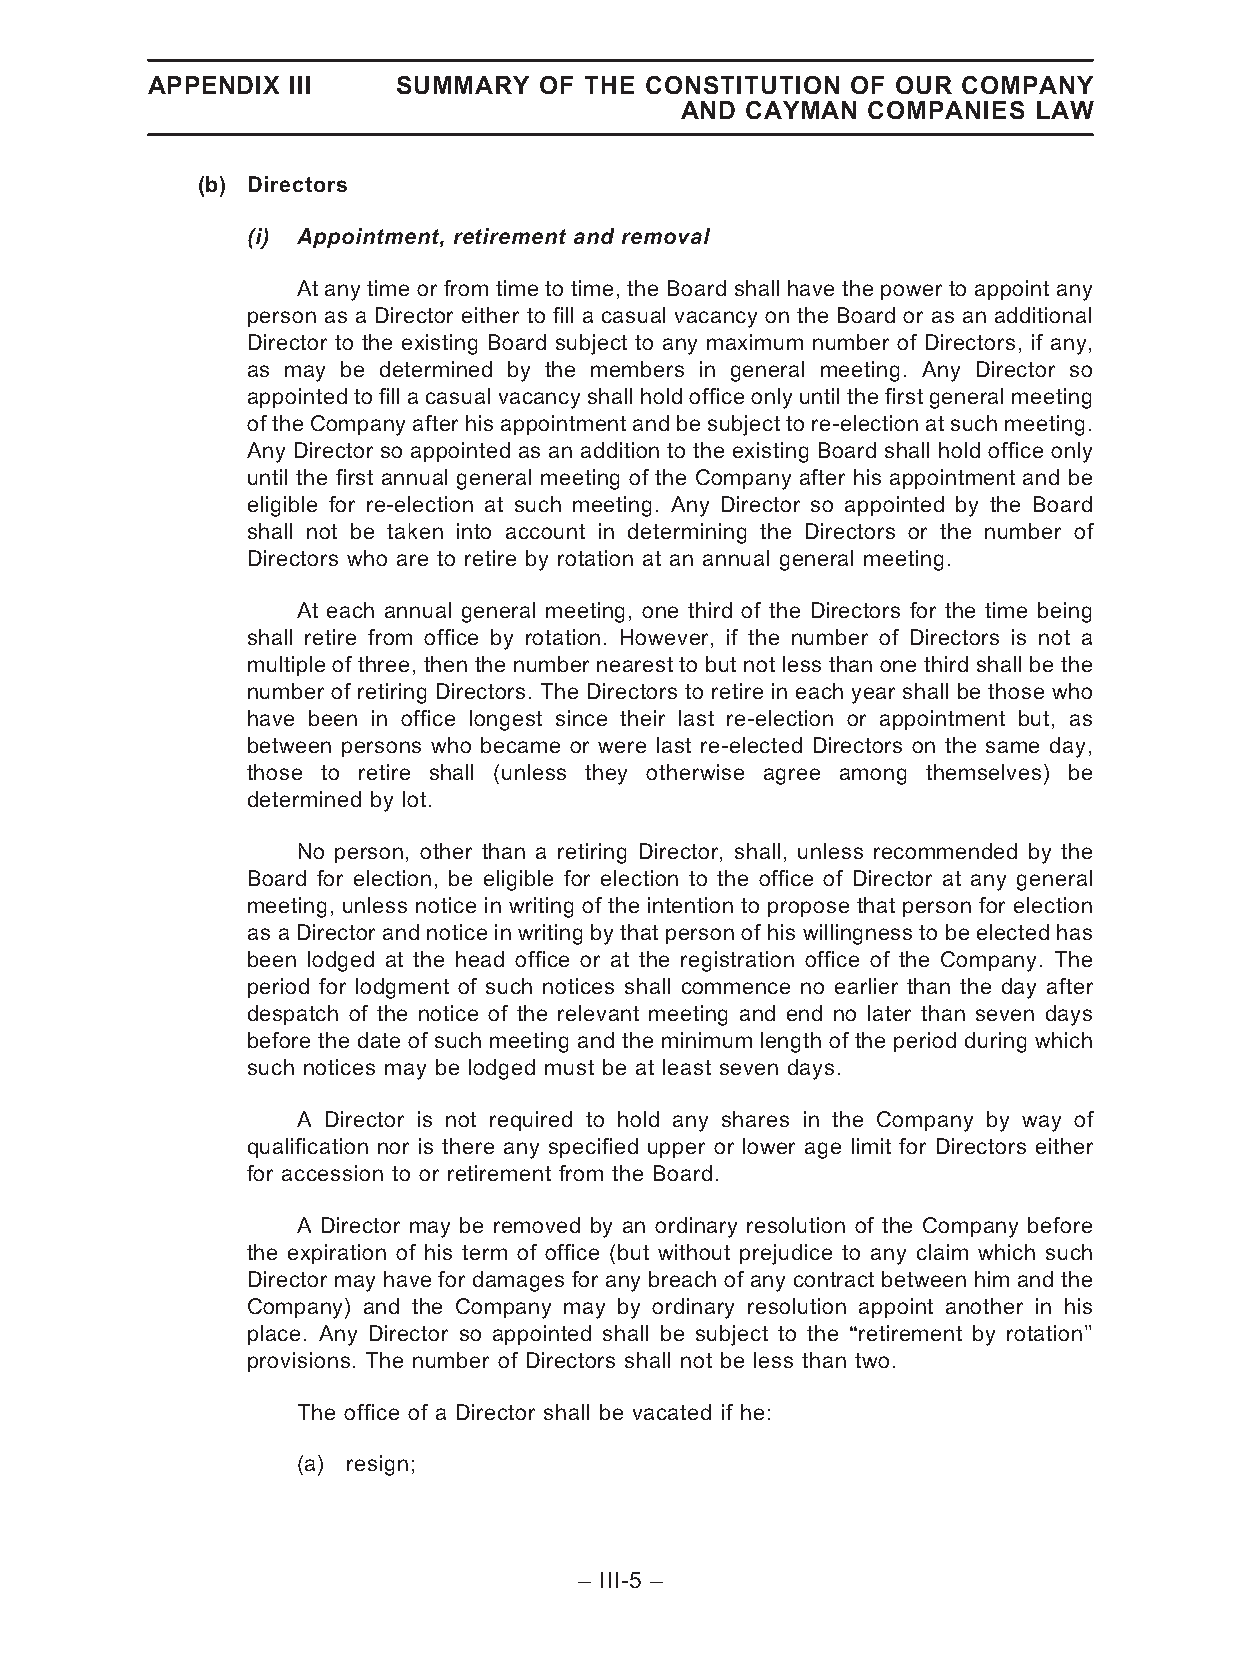
APPENDIX III    SUMMARY   OF THE CONSTITUTION OF OUR  COMPANY
 AND CAYMAN  COMPANIES  LAW
 (b) Directors
 (i) Appointment, retirement and removal
 At any time or from time to time, the Board shall have the power to appoint any
 person as a Director either to fill a casual vacancy on the Board or as an additional
 Director to the existing Board subject to any maximum number of Directors, if any,
 as may be determined by the members in general meeting. Any Director so
 appointedto fillacasualvacancyshallhold office onlyuntilthefirst generalmeeting
 of the Companyafter hisappointment and be subject to re-election at such meeting.
 Any Director so appointed as an addition to the existing Board shall hold office only
 until the first annual general meeting of the Company after his appointment and be
 eligible for re-election at such meeting. Any Director so appointed by the Board
 shall not be taken into account in determining the Directors or the number of
 Directors who are to retire by rotation at an annual general meeting.
 At each annual general meeting, one third of the Directors for the time being
 shall retire from office by rotation. However, if the number of Directors is not a
 multiple of three, then the number nearest to but not less than one third shall be the
 number of retiring Directors. The Directors to retire in each year shall be those who
 have been in office longest since their last re-election or appointment but, as
 between persons who became or were last re-elected Directors on the same day,
 those to retire shall (unless they otherwise agree among themselves) be
 determined by lot.
 No person, other than a retiring Director, shall, unless recommended by the
 Board for election, be eligible for election to the office of Director at any general
 meeting, unless notice in writing of the intention to propose that person for election
 as a Director and notice in writing by that person of his willingness to be elected has
 been lodged at the head office or at the registration office of the Company. The
 period for lodgment of such notices shall commence no earlier than the day after
 despatch of the notice of the relevant meeting and end no later than seven days
 before the date of such meeting and the minimum length of the period during which
 such notices may be lodged must be at least seven days.
 A Director is not required to hold any shares in the Company by way of
 qualification nor is there any specified upper or lower age limit for Directors either
 for accession to or retirement from the Board.
 A Director may be removed by an ordinary resolution of the Company before
 the expiration of his term of office (but without prejudice to any claim which such
 Director may have for damages for any breach of any contract between him and the
 Company) and the Company may by ordinary resolution appoint another in his
 place. Any Director so appointed shall be subject to the ‘‘retirement by rotation’’
 provisions. The number of Directors shall not be less than two.
 The office of a Director shall be vacated if he:
 (a) resign;
 – III-5 –